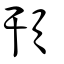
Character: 頇